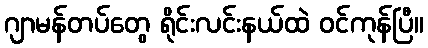
ဂျာမန်တပ်တွေ ရိုင်းလင်းနယ်ထဲ ဝင်ကုန်ပြီ။